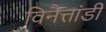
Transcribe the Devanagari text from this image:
विनैत्तांडी